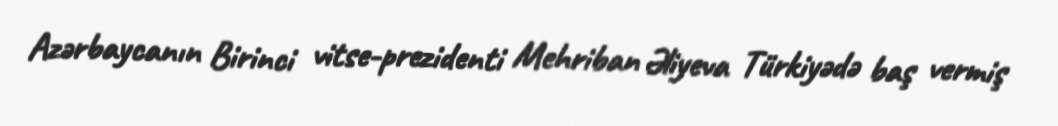
Azərbaycanın Birinci vitse-prezidenti Mehriban Əliyeva Türkiyədə baş vermiş